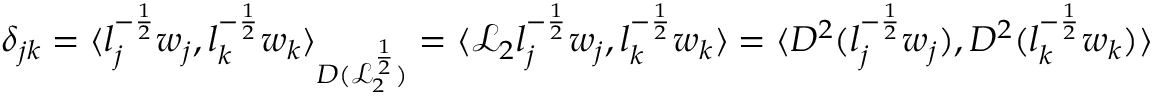
\delta _ { j k } = \langle l _ { j } ^ { - \frac { 1 } { 2 } } w _ { j } , l _ { k } ^ { - \frac { 1 } { 2 } } w _ { k } \rangle _ { D ( \mathcal { L } _ { 2 } ^ { \frac { 1 } { 2 } } ) } = \langle \mathcal { L } _ { 2 } l _ { j } ^ { - \frac { 1 } { 2 } } w _ { j } , l _ { k } ^ { - \frac { 1 } { 2 } } w _ { k } \rangle = \langle D ^ { 2 } ( l _ { j } ^ { - \frac { 1 } { 2 } } w _ { j } ) , D ^ { 2 } ( l _ { k } ^ { - \frac { 1 } { 2 } } w _ { k } ) \rangle